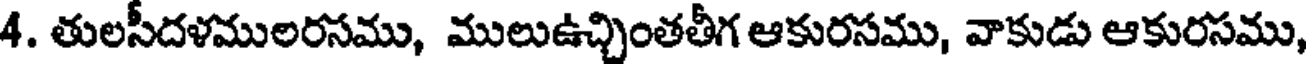
4. తులసీదళములరసము, ములుఉచ్చింతతీగ ఆకురసము, వాకుడు ఆకురసము,